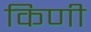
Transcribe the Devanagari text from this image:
किणी